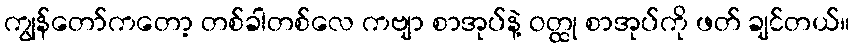
ကျွန်တော်ကတော့ တစ်ခါတစ်လေ ကဗျာ စာအုပ်နဲ့ ဝတ္ထု စာအုပ်ကို ဖတ် ချင်တယ်။